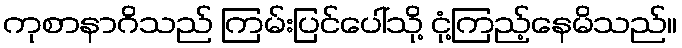
ကုစာနာဂိသည် ကြမ်းပြင်ပေါ်သို့ ငုံ့ကြည့်နေမိသည်။